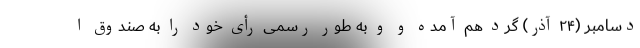
دسامبر (۲۴ آذر) گرد هم آمده و و به طور رسمی رأی خود را به صندوق ا